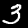
Digit: 3